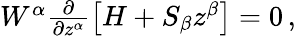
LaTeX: \begin{array}{r}{W^{\alpha}\frac{\partial}{\partial z^{\alpha}}\left[H+S_{\beta}z^{\beta}\right]=0\, ,}\end{array}